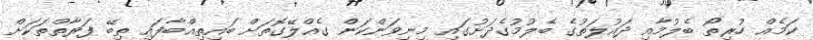
ކަމެއް ހުރިތޯ ބެލުމާއި ދައުލަތުގެ ބެލުމުގެދަށުގައި މިނިވަންކަން ގެއްލޭގޮތަށް ބައިތިއްބާފައި ތިބޭ ފަރާތްތަކަށް